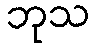
ဘုသ